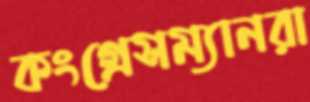
কংগ্রেসম্যানরা